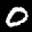
Label: 0